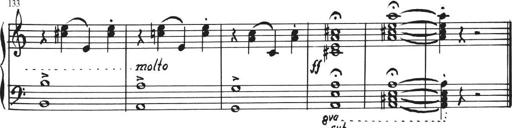
Title: Sonatina in E major
Composer: Paul von Klenau
Key: E major